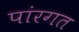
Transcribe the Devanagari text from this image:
पांरगत